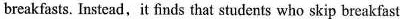
breakfasts. Instead, it finds that students who skip breakfast